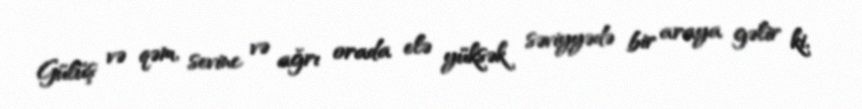
Gülüş və qəm, sevinc və ağrı orada elə yüksək səviyyədə bir araya gəlir ki,